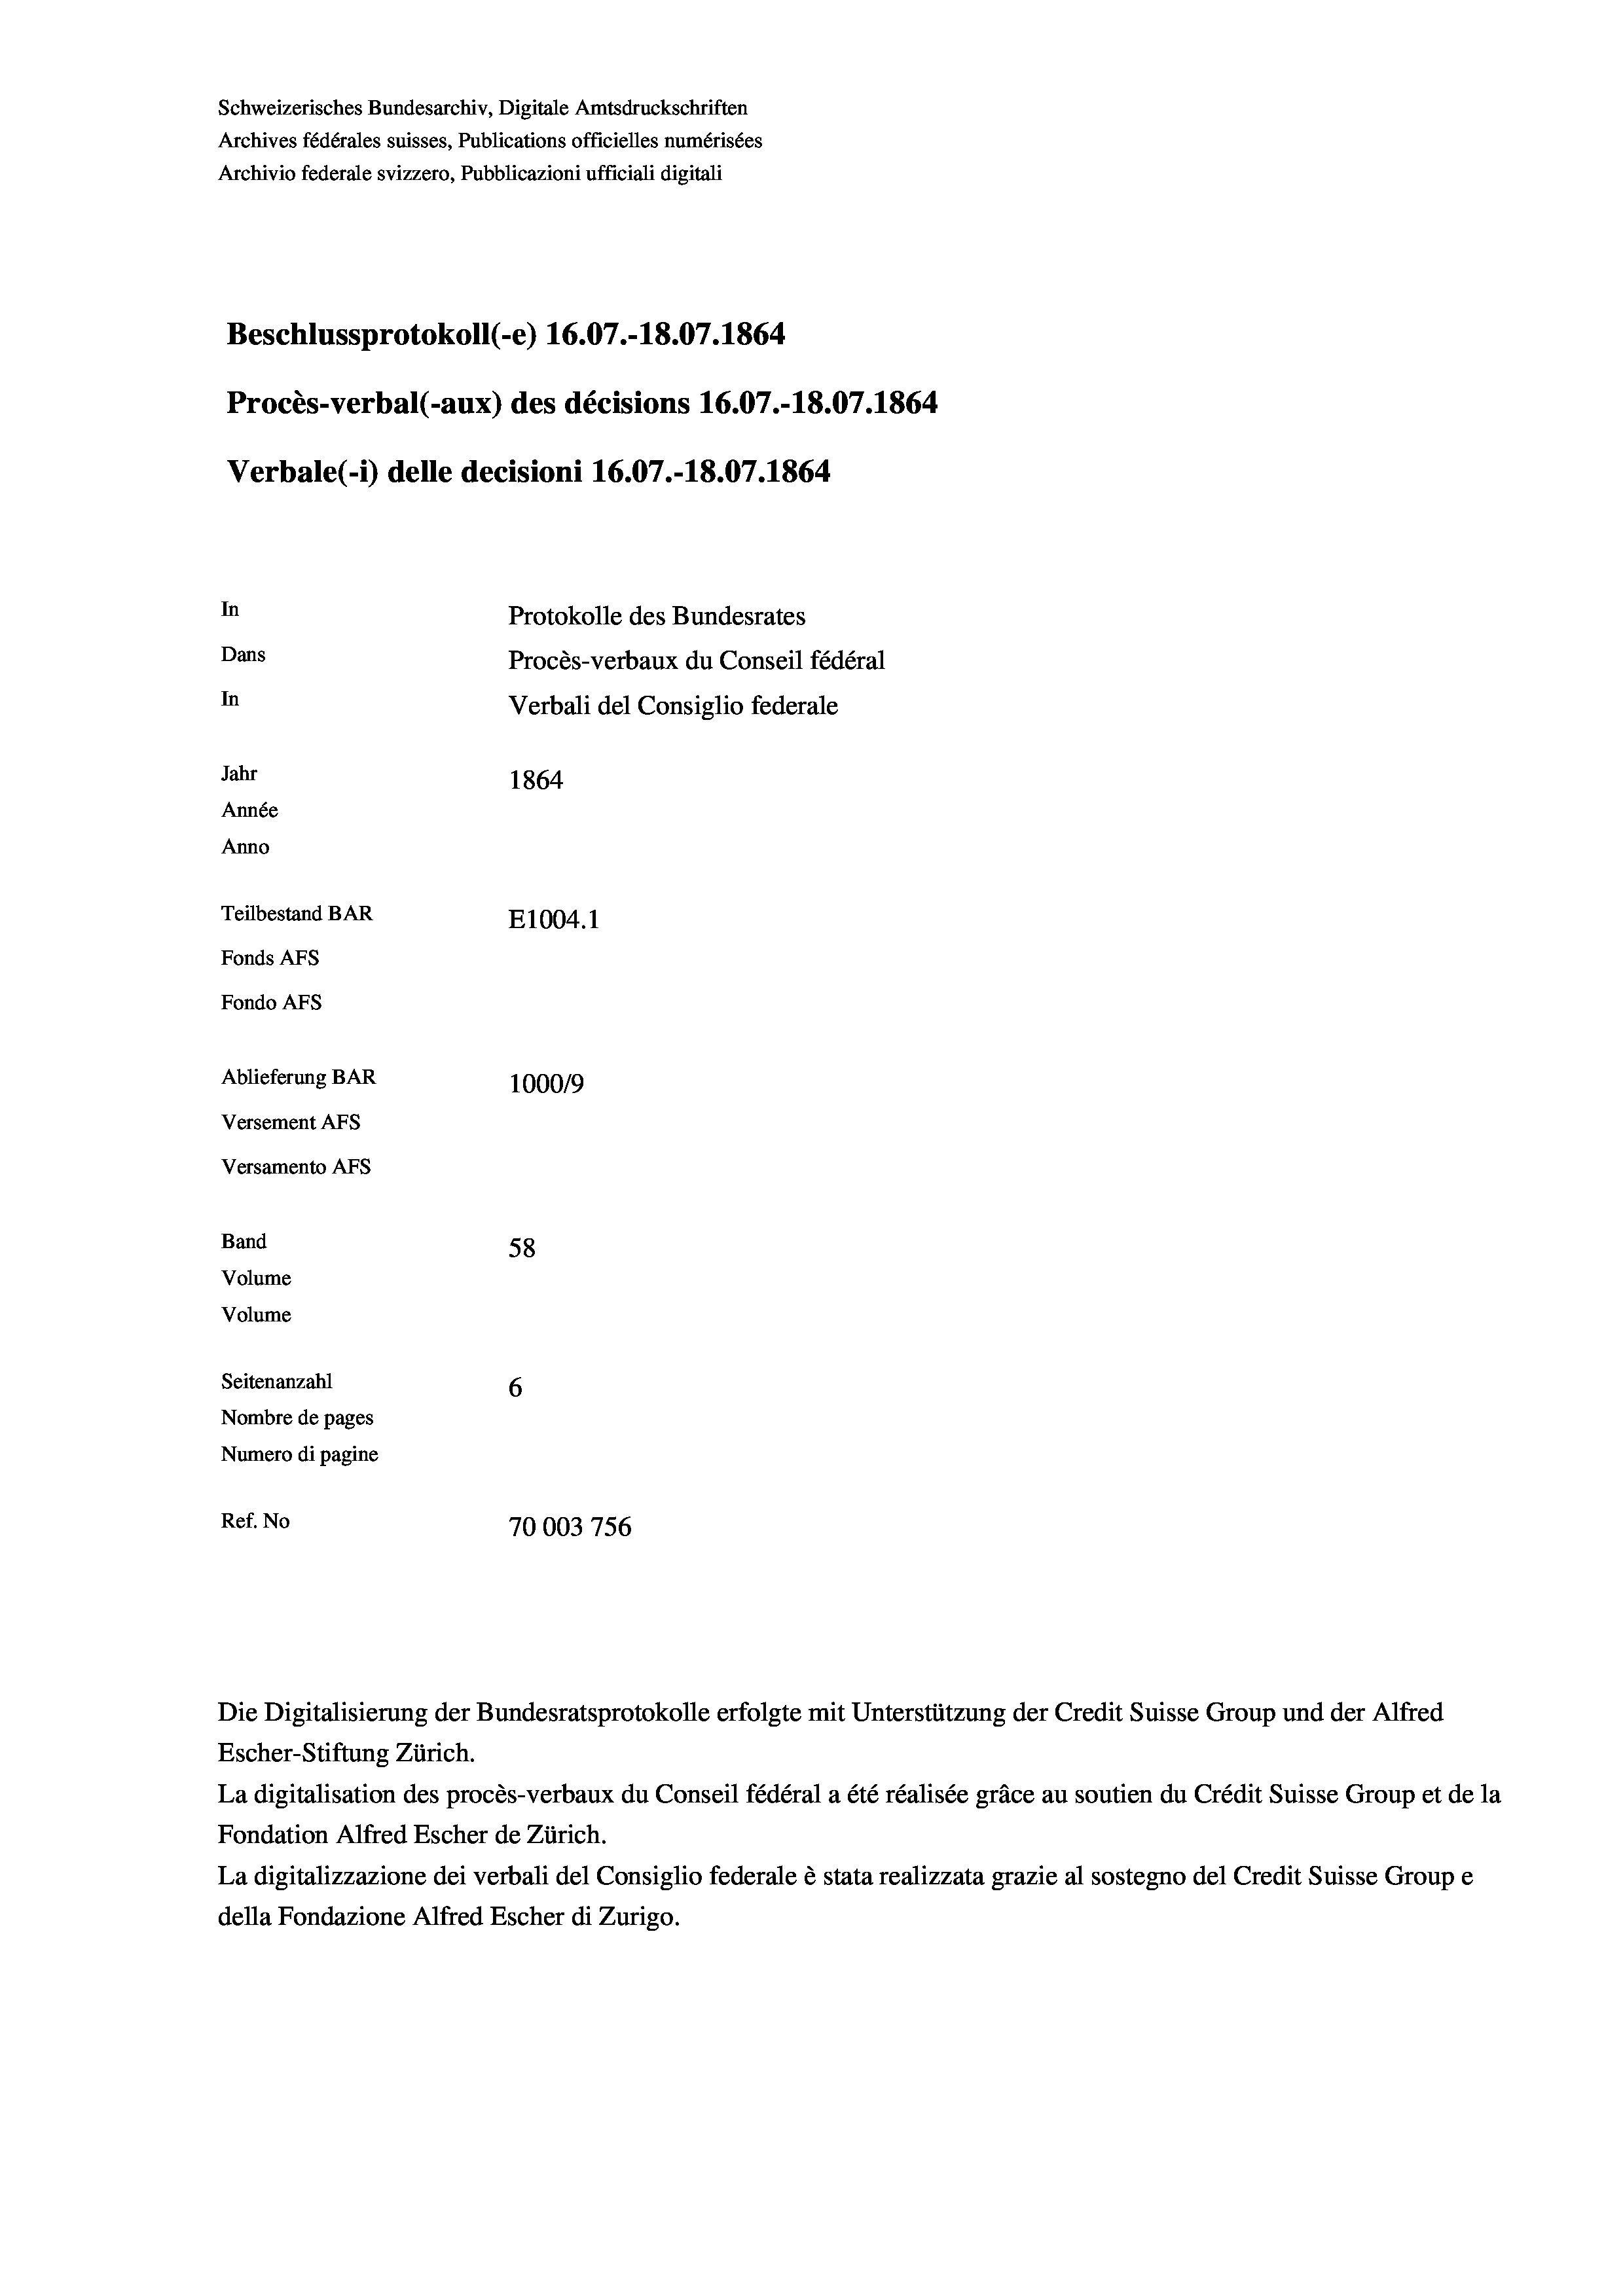
Schweizerisches Bundesarchiv, Digitale Amtsdruckschriften
Archives fédérales suisses, Publications officielles numérisées
Archivio federale svizzero, Pubblicazioni ufficiali digitali
Beschlussprotokoll (-e) 16.07.-18.07. 1864
Procès-verbal (-aux) des décisions 16.07.-18.07. 1864
Verbale (1) delle decisioni 16.07.-18.07. 1864
In
Protokolle des Bundesrates
Dans
Procès-verbaux du Conseil fédéral
In
Verbali del Consiglio federale
Jahr
1864
Année
Anno
Teilbestand BAR
E1004. 1
Fonds AFs
Fondo AFs
Ablieferung BAR
100019
Versement AFs
Versamento AFs
Band
58
Volume
Volume
Seitenanzahl
6
Nombre de pages
Numero di pagine
Ref. No
70003 756

Escher-Stiftung Zürich.
La digitalisation des procès-verbaux du Conseil fédéral a été réalisée gräce au soutien du Crédit Suisse Group et de la
Fondation Alfred Escher de Zürich.
La digitalizzazione dei verbali del Consiglio federale è stata realizzata grazie al sostegno del Credit Suisse Groupe
della Fondazione Alfred Escher di Zurigo.

Die Digitalisierung der Bundesratsprotokolle erfolgte mit Unterstützung der Credit Suisse Group und der Alfred